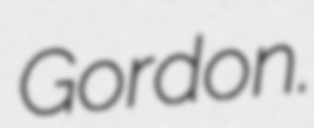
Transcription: Gordon.